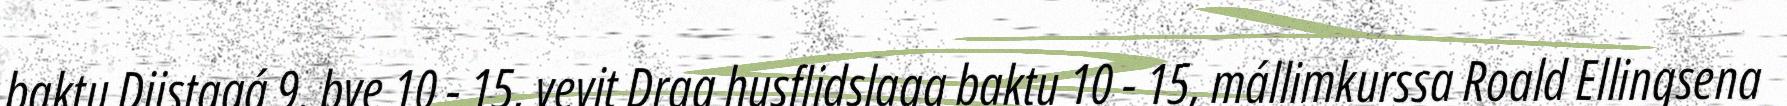
baktu Dijstagá 9. bve 10 - 15, vevit Drag husflidslaga baktu 10 - 15, mállimkurssa Roald Ellingsena